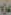
عنه